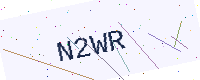
Text: N2WR